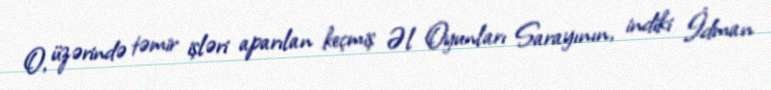
O, üzərində təmir işləri aparılan keçmiş Əl Oyunları Sarayının, indiki İdman